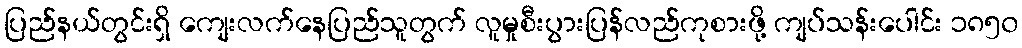
ပြည်နယ်တွင်းရှိ ကျေးလက်နေပြည်သူတွက် လူမှုစီးပွားပြန်လည်ကုစားဖို့ ကျပ်သန်းပေါင်း ၁၈၅၀